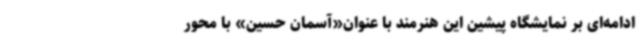
ادامه‌ای بر نمایشگاه پیشین این هنرمند با عنوان«آسمان حسین» با محور